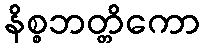
နိစ္စဘတ္တိကော